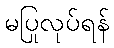
မပြုလုပ်ရန်